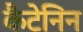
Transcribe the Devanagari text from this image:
कैटेनिन